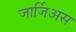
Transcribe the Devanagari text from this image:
जार्जिअस